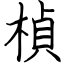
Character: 楨